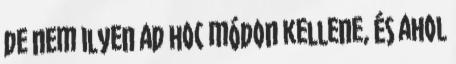
de nem ilyen ad hoc módon kellene, és ahol